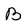
Character: B